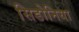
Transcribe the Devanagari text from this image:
सिडोनिया